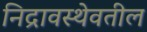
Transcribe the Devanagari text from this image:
निद्रावस्थेवतील